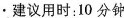
·建议用时:10 分钟